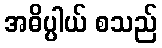
အဓိပ္ပါယ် စသည်